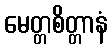
မေတ္တစိတ္တာနံ